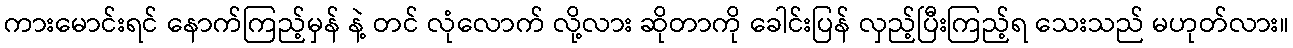
ကားမောင်းရင် နောက်ကြည့်မှန် နဲ့ တင် လုံလောက် လို့လား ဆိုတာကို ခေါင်းပြန် လှည့်ပြီးကြည့်ရ သေးသည် မဟုတ်လား။